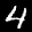
Label: 4